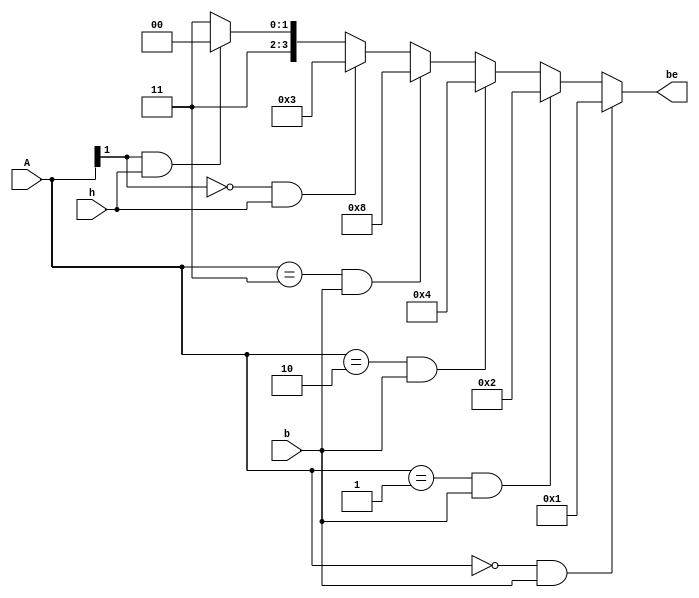
module ext_be(A,b,h,be);
   input [1:0] A;
	input b,h;
	output [3:0] be;
	assign be = ((A==2'b00) & b)? 4'b0001:
	            ((A==2'b01) & b)? 4'b0010:
					((A==2'b10) & b)? 4'b0100:
					((A==2'b11) & b)? 4'b1000:
					((A[1]==0)  & h)? 4'b0011:
					((A[1]==1)  & h)? 4'b1100:
					                  4'b1111;


endmodule